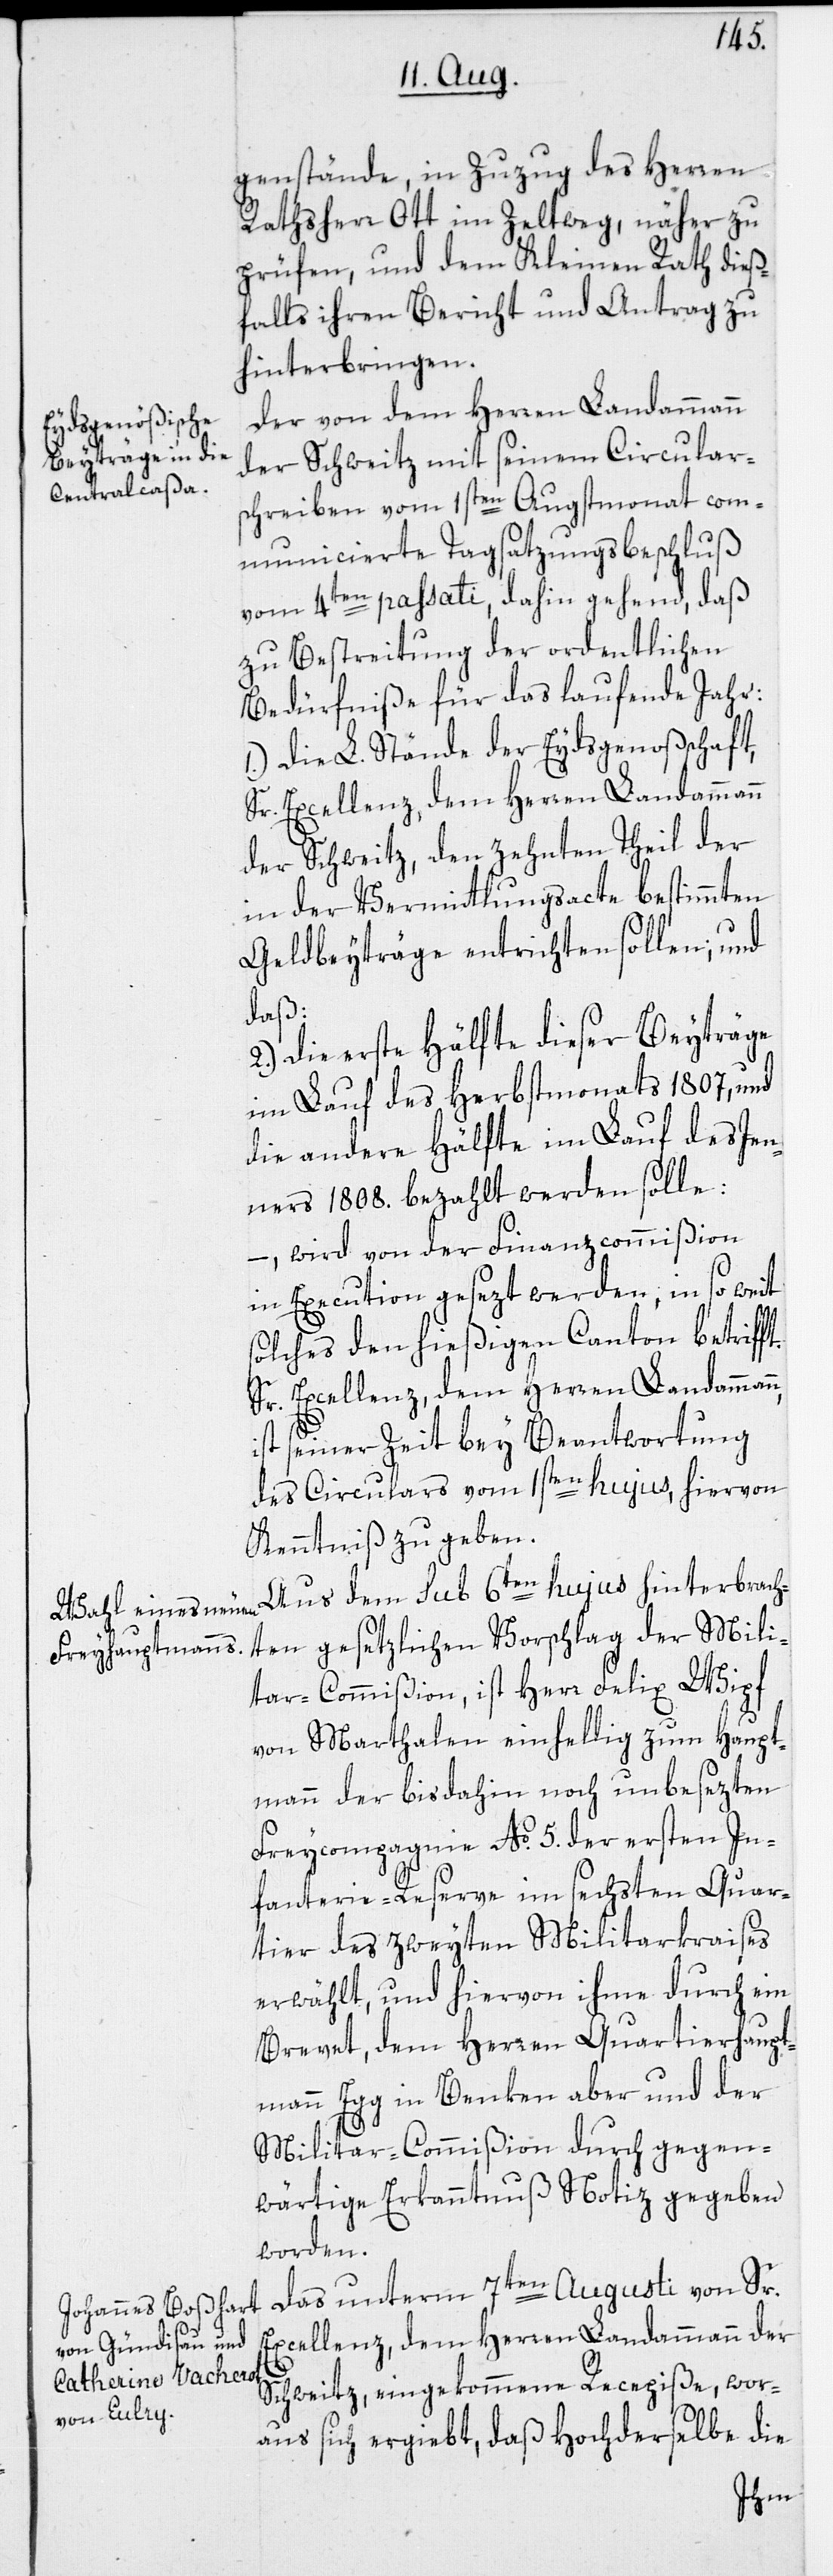
genstände, in Zuzug des Herren
Rathsherr Ott im Zeltweg, näher zu
prüfen, und dem Kleinen Rath dieß¬
falls ihren Bericht und Antrag zu
hinterbringen.
Der von dem Herren Landammann
der Schweitz mit seinem Circular¬
schreiben vom 1sten Augstmonat com¬
municierte Tagsatzungsbeschluß
vom 4ten passati, dahin gehend, daß
zu Bestreitung der ordentlichen
Bedürfniße für das laufende Jahr:
1.) Die L. Stände der Eydsgenoßschaft,
der Schweitz, den zehnten Theil der
in der Vermittlungsacte bestimmten
n,
Geldbeyträge entrichten sollen; und
daß:
2.) Die erste Hälfte dieser Beyträge
im Lauf des Herbstmonats 1807, und
die andere Hälfte im Lauf des Jen¬
ners 1808. bezahlt werden solle:
–, wird von der Finanzcommißion
in Execution gesezt werden, in so weit
solches den hießigen Canton betriff¬
Sr. Excellenz, dem Herren Landamman¬
ist seiner Zeit bey Beantwortung
des Circulars vom 1sten hujus, hiervon
Kenntniß zu geben.
Aus dem sub 6ten hujus hinterbrach¬
ten gesetzlichen Vorschlag der Mili¬
tar-Commißion, ist Herr Felix Wipf
von Marthalen einhellig zum Haupt¬
mann der bis dahin noch unbesezten
Freycompagnie No. 5. der ersten In¬
fanterie-Reserve im sechsten Quar¬
tier des zweyten Militarkraises
erwählt, und hiervon ihme durch ein
Brevet, dem Herren Quartierhaupt¬
mann Egg in Benken aber und der
Militar-Commißion durch gegen¬
wärtige Erkanntnuß Notiz gegeben
worden.
Das unterm 7ten Augusti von Sr.
Excellenz, dem Herren Landammann der
Schweitz, eingekommene Recepiße, wor¬
aus sich ergiebt, daß Hochderselbe die